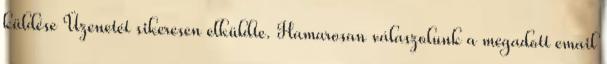
küldése Üzenetét sikeresen elküldte. Hamarosan válaszolunk a megadott email